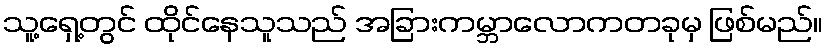
သူ့ရှေ့တွင် ထိုင်နေသူသည် အခြားကမ္ဘာလောကတခုမှ ဖြစ်မည်။